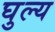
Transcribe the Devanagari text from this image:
घुल्य